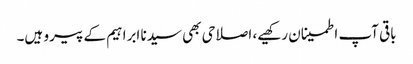
باقی آپ اطمینان رکھیے، اصلاحی بھی سیدنا ابراہیم کے پیرو ہیں۔